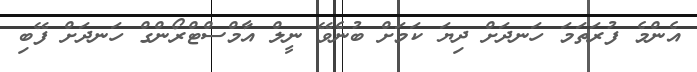
އެންމެ ފުރަތަމަ ހަނދަށް ދިޔަ ކަމަށް ބުނެވޭ ނީލް އާމްސްޓްރޯންގް ހަނދަށް ފޭބި